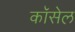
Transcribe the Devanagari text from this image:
कॉसेल